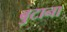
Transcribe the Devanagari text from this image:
बुटाना